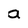
Character: a